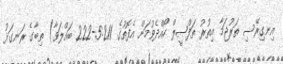
އިނގިރޭސި ތަރުޖަމާ އިތުރު ތަފްޞީލް ހޯއްދެވުމަށް އެފޮތުގެ 5:211-222 ބައްލަވާ) ތިބާގެ ރަނގަޅު